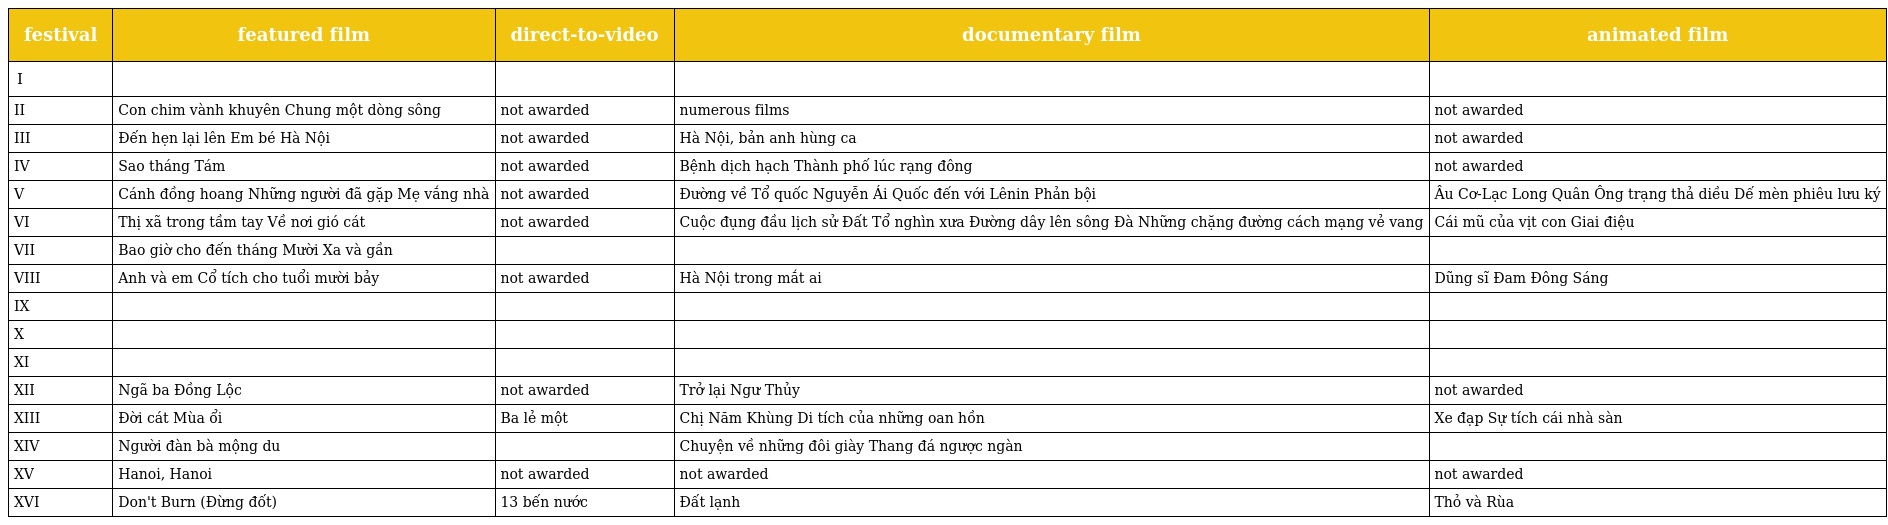
| festival | featured film | direct-to-video | documentary film | animated film |
 | --- | --- | --- | --- | --- |
 | I |  |  |  |  |
 | II | Con chim vành khuyên Chung một dòng sông | not awarded | numerous films | not awarded |
 | III | Đến hẹn lại lên Em bé Hà Nội | not awarded | Hà Nội, bản anh hùng ca | not awarded |
 | IV | Sao tháng Tám | not awarded | Bệnh dịch hạch Thành phố lúc rạng đông | not awarded |
 | V | Cánh đồng hoang Những người đã gặp Mẹ vắng nhà | not awarded | Đường về Tổ quốc Nguyễn Ái Quốc đến với Lênin Phản bội | Âu Cơ-Lạc Long Quân Ông trạng thả diều Dế mèn phiêu lưu ký |
 | VI | Thị xã trong tầm tay Về nơi gió cát | not awarded | Cuộc đụng đầu lịch sử Đất Tổ nghìn xưa Đường dây lên sông Đà Những chặng đường cách mạng vẻ vang | Cái mũ của vịt con Giai điệu |
 | VII | Bao giờ cho đến tháng Mười Xa và gần |  |  |  |
 | VIII | Anh và em Cổ tích cho tuổi mười bảy | not awarded | Hà Nội trong mắt ai | Dũng sĩ Đam Đông Sáng |
 | IX |  |  |  |  |
 | X |  |  |  |  |
 | XI |  |  |  |  |
 | XII | Ngã ba Đồng Lộc | not awarded | Trở lại Ngư Thủy | not awarded |
 | XIII | Đời cát Mùa ổi | Ba lẻ một | Chị Năm Khùng Di tích của những oan hồn | Xe đạp Sự tích cái nhà sàn |
 | XIV | Người đàn bà mộng du |  | Chuyện về những đôi giày Thang đá ngược ngàn |  |
 | XV | Hanoi, Hanoi | not awarded | not awarded | not awarded |
 | XVI | Don't Burn (Đừng đốt) | 13 bến nước | Đất lạnh | Thỏ và Rùa |